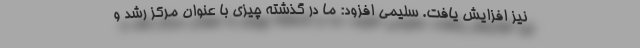
نیز افزایش یافت. سلیمی افزود: ما در گذشته چیزی با عنوان مرکز رشد و